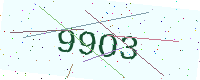
Text: 99O3